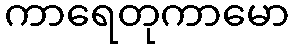
ကာရေတုကာမော